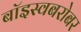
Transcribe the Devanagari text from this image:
बॉइस्वबरोबर